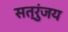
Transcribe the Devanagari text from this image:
सत्रुंजय